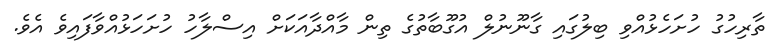
ތާރިހުގު ހުށަހެޅުއްވި ބިލުގައި ގާނޫނުލް އުގޫބާތުގެ ތިން މާއްދާއަކަށް އިސްލާހު ހުށަހަޅުއްވާފައިވެ އެވެ.